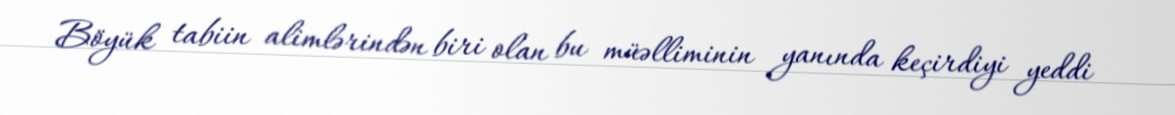
Böyük tabiin alimlərindən biri olan bu müəlliminin yanında keçirdiyi yeddi